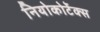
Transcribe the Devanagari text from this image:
नियोकोर्टेक्स